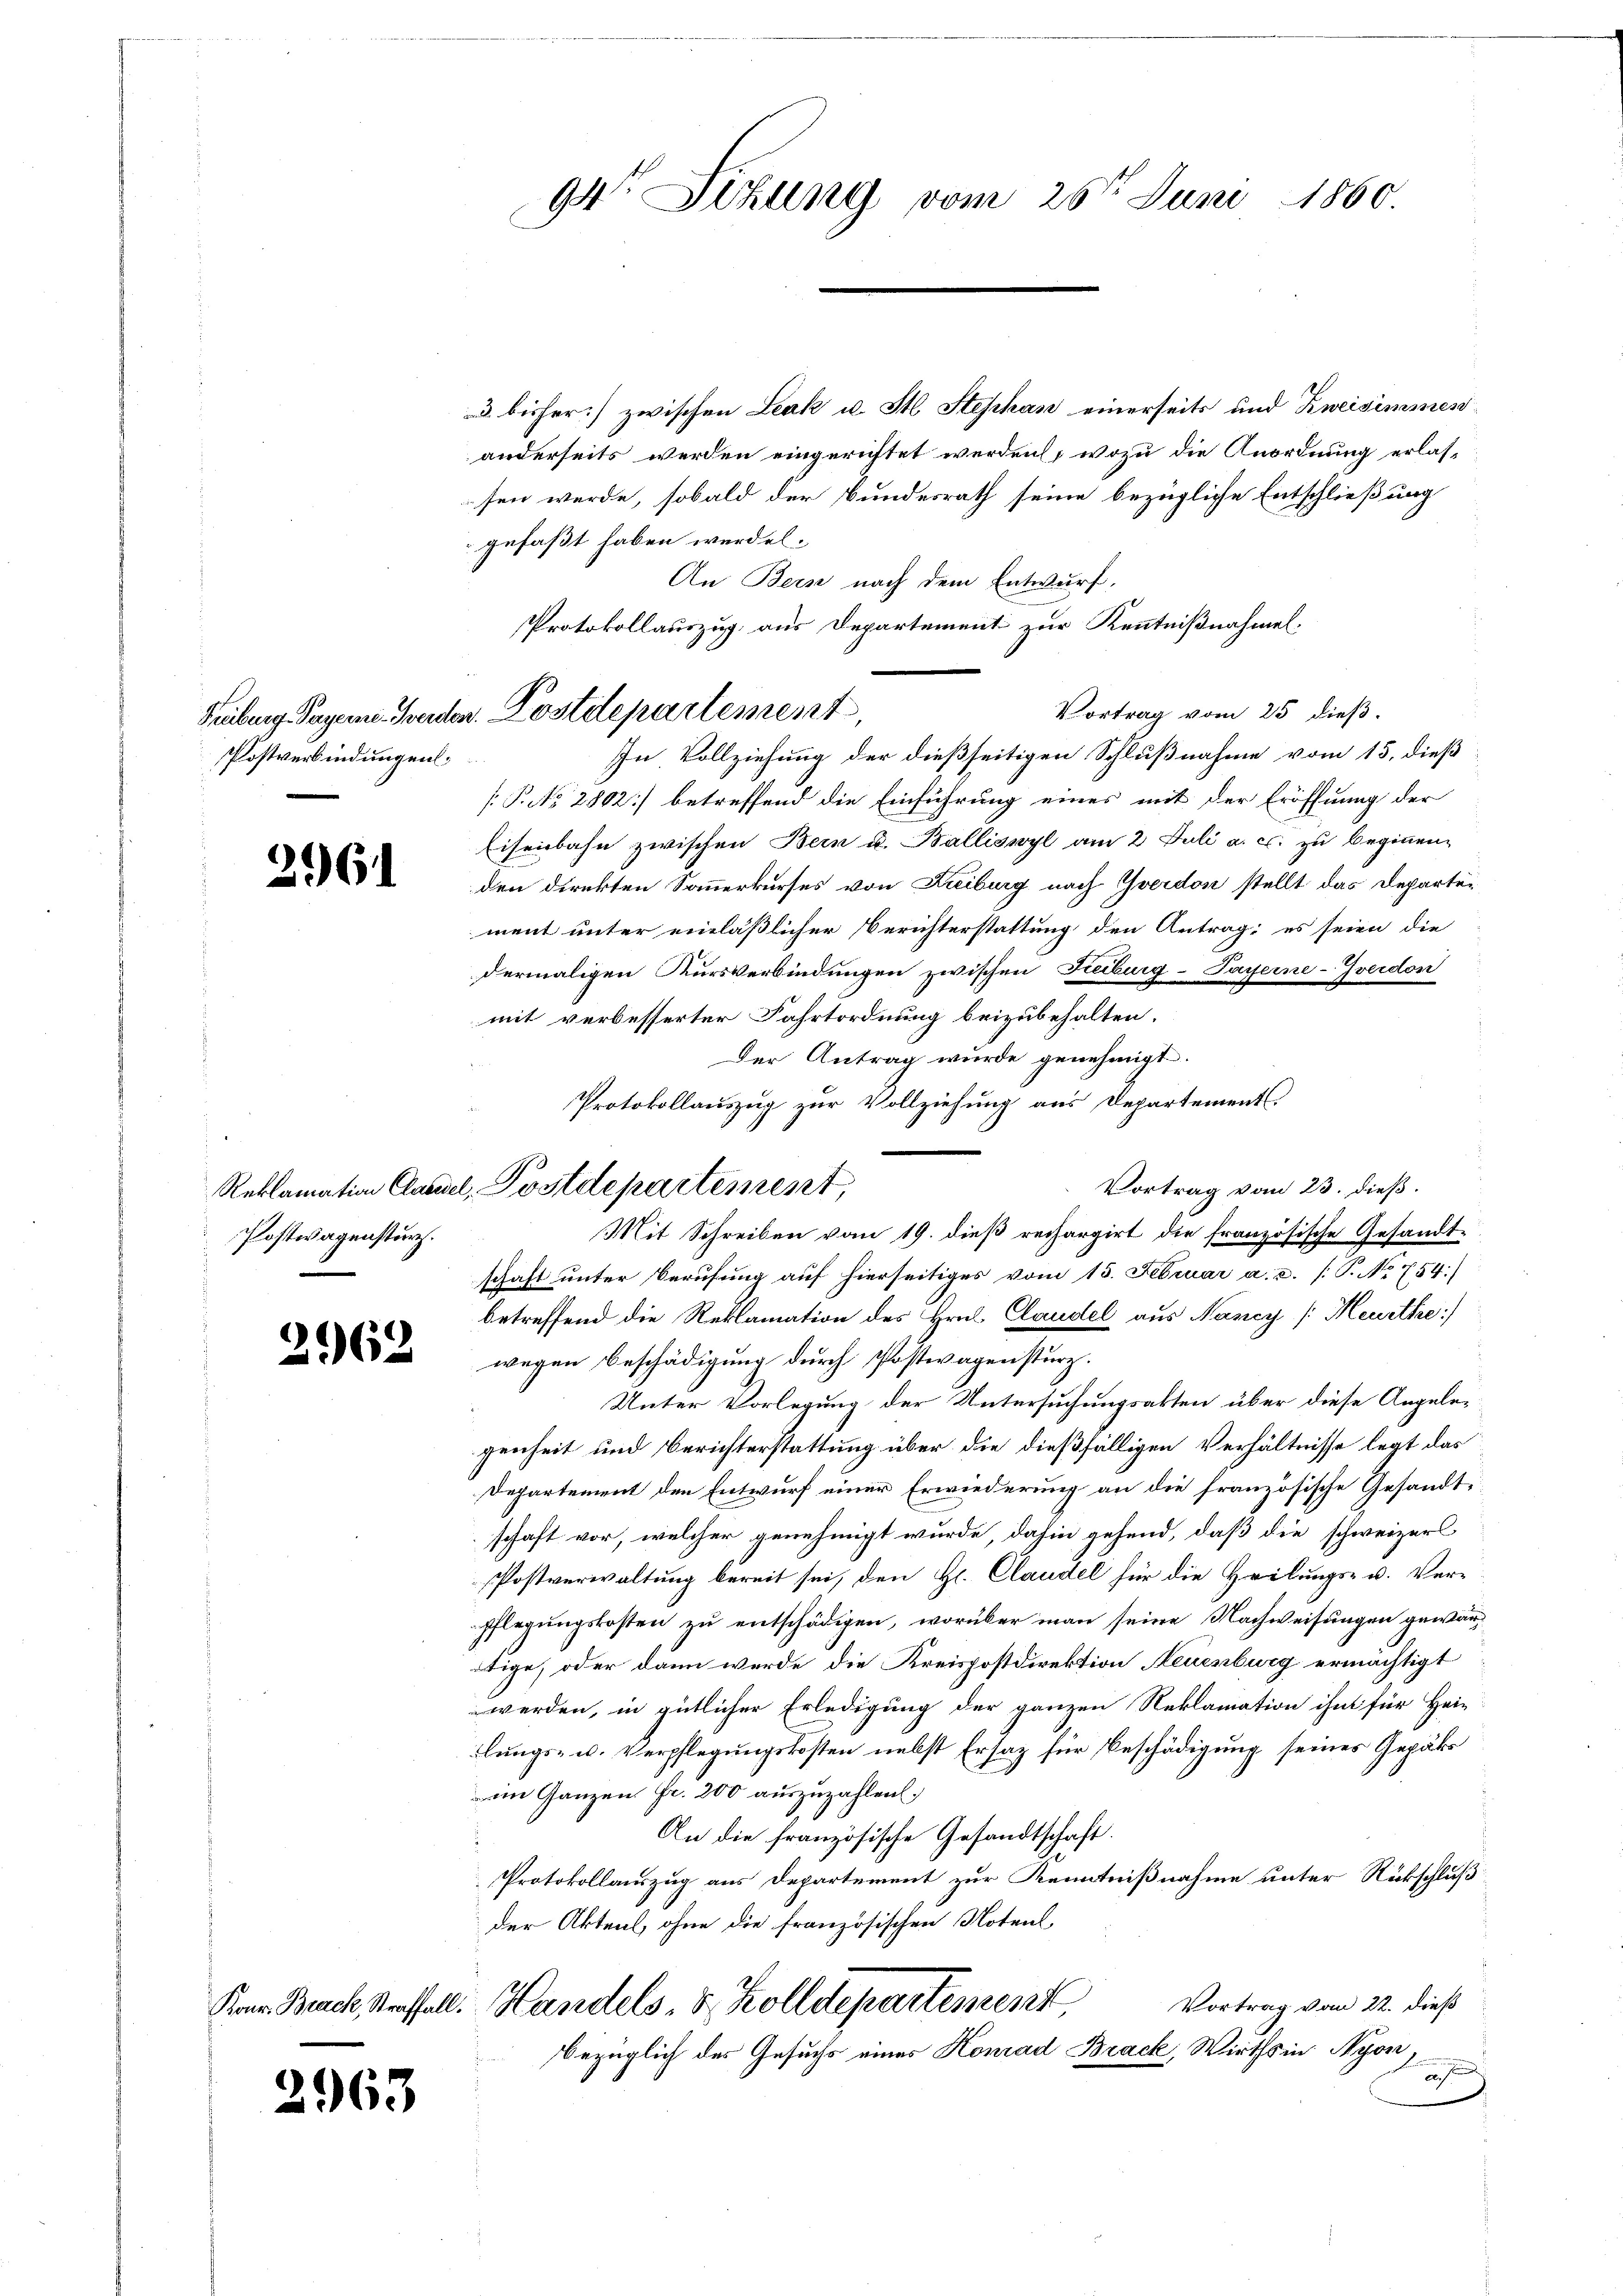
Postverbindungen.

261

Postwagensturz.

2963

3 bisher] zwischen Leak u. St Stephan einerseits und Zweisimmenanderseits werden eingerichtet werden, wozu die Anordnung erlassen werde, sobald der Bundesrath seine bezügliche Entschließung
gefaßt haben werden.
An Bern nach dem Entwurf,
Protokollauszug aus Departement zur Kenntnißnahmel-
Vortrag vom 25 dieß.
In Vollziehung der dießseitigen Schlußnahme vom 15. dieß
[P. No 2802] betreffend die Einführung eines mit der Eröffnung der
Eisenbahn zwischen Bern u. Balliswyl am 2. Juli a. c. zu beginnen,
den direkten Sanmerkurses von Freiburg nach Yverdon stellt das Departement unter einläßlicher Berichterstattung den Antrag; es seien die
dermaligen Kursverbindungen zwischen Reiburg-Payerne-Iverdon
mit verbesserter Fahrtordnung beizubehalten.
Der Antrag wurde genehmigt.
Protokollauszug zur Vollziehung aus Departements
Vortrag vom 23. dieß.
Mit Schreiben vom 19. dieß rechargirt die französische Gesandtschaft unter Berufung auf hierseitiges vom 15. Februar a. a. (: P. No 754)
betreffend die Reklamation des Hrn. Claudel aus Nancy [Heurthe:/
 wegen Beschädigŭng dŭrch Postwagenstürz.
Unter Vorlegung der Untersuchungsakten über diese Angelegenheit und Berichterstattung über die dießfälligen Verhältnisse legt das
Departement den Entwurf einer Erwiederung an die französische Gesandtschaft vor, welcher genehmigt wurde, dahin gehend, daß die schweizer
Postverwaltung bereit sei, den H. Claudel für die Heilungs- u. Ver-
pflegungskosten zu entschädigen, worüber man seine Nachweisungen gewärötige, oder dann werde die Kreispostdirektion Neuenburg ermächtigt
werden, in gütlicher Erledigung der ganzen Reklamation ihm für Hei-
lungs- u. Verpflegungskosten nebst Ersatz für Beschädigung seines Gepäks
am Ganzen Fr. 200 auszuzahlen.
An die französische Gesandtschaft.
Protokollauszug aus Departement zur Kenntnißnahme unter Rückschluß
der Aktens, ohne die französischen Notenl
Vortrag vom 22. dieß
Krer Beacht, Strassell. Handels- & Zolldepartement
bezüglich des Gesuchs eines Konrad Brack, Wirths in Nyon
a

Reklamation Clausel, Postdepartement,

94° Sizung vom 25t Juni 1860.

Reibung Payerne Garden. Postdepartement,